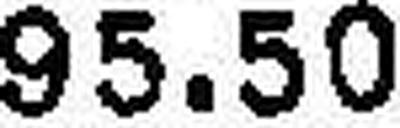
95.50